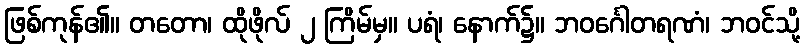
ဖြစ်ကုန်၏။ တတော၊ ထိုဖိုလ် ၂ ကြိမ်မှ။ ပရံ၊ နောက်၌။ ဘဝင်္ဂေါတရဏံ၊ ဘဝင်သို့